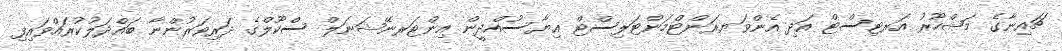
ޗައިނާގެ މަޝްހޫރު އަރޓިސްޓް އަދި އެންވަޔރަންޓްމަންޓަލިސްޓް ޣިޔާސުއްދީން އިންޓަރނޭޝަނަލް ސްކޫލްގެ ދަރިވަރުންނާ ބައްދަލުކުރައްވައިފި